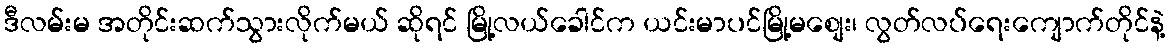
ဒီလမ်းမ အတိုင်းဆက်သွားလိုက်မယ် ဆိုရင် မြို့လယ်ခေါင်က ယင်းမာပင်မြို့မစျေး၊ လွတ်လပ်ရေးကျောက်တိုင်နဲ့